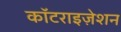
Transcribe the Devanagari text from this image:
कॉटराइज़ेशन